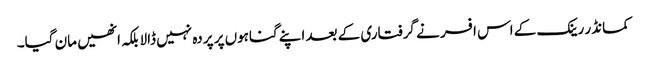
کمانڈر رینک کے اس افسر نے گرفتاری کے بعد اپنے گناہوں پر پردہ نہیں ڈالا بلکہ انھیں مان گیا۔